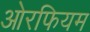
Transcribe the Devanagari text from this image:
ओरफियम